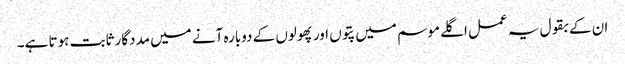
ان کے بقول یہ عمل اگلے موسم میں پتوں اور پھولوں کے دوبارہ آنے میں مددگار ثابت ہوتا ہے۔